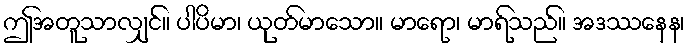
ဤအတူသာလျှင်။ ပါပိမာ၊ ယုတ်မာသော။ မာရော၊ မာရ်သည်။ အဒဿနေန၊